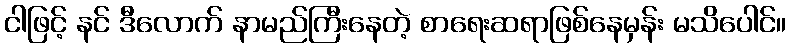
ငါဖြင့် နင် ဒီလောက် နာမည်ကြီးနေတဲ့ စာရေးဆရာဖြစ်နေမှန်း မသိပေါင်။